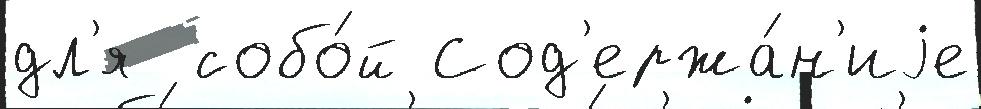
дл'я  собо́й Сод'ержа́н'иjе